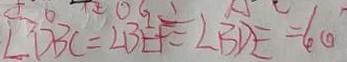
\angle D B C = \angle B E F = \angle B D E = 4 0